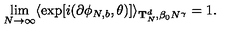
\lim _ { N \rightarrow \infty } \langle \exp [ i ( \partial \phi _ { N , b } , \theta ) ] \rangle _ { { \bf T } _ { N } ^ { d } , \beta _ { 0 } N ^ { \gamma } } = 1 .